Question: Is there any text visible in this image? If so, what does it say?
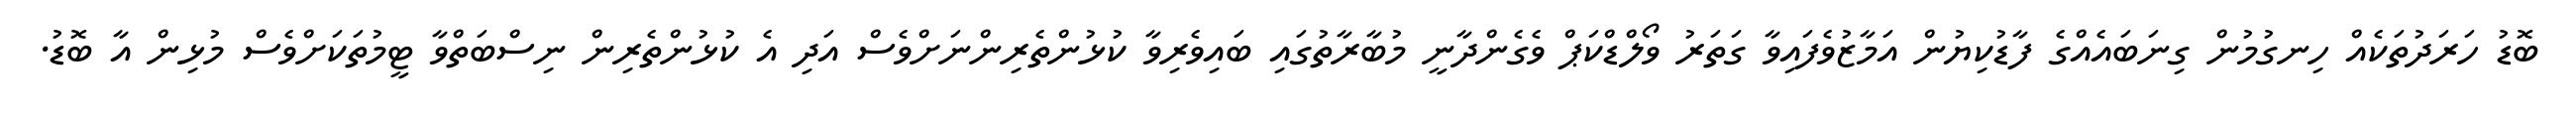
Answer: ބޮޑު ހަރަދުތަކެއް ހިނގުމުން ގިނަބައެއްގެ ފާޑުކިޔުން އަމާޒުވެފައިވާ ގަތަރު ވޯލްޑްކަޕް ވެގެންދާނީ މުބާރާތުގައި ބައިވެރިވާ ކުޅުންތެރިންނަށްވެސް އަދި އެ ކުޅުންތެރިން ނިސްބަތްވާ ޓީމުތަކަށްވެސް މުޅިން އާ ބޮޑު.